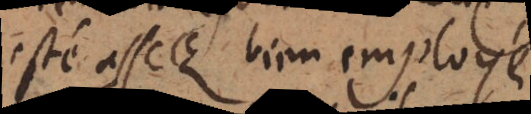
esté assez bien employé.